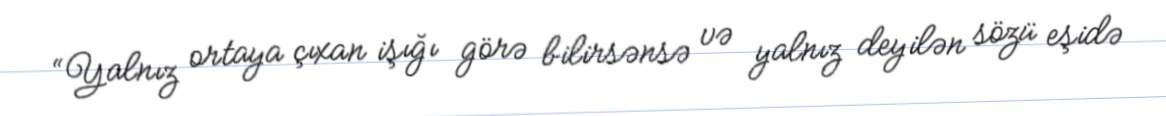
“Yalnız ortaya çıxan işığı görə bilirsənsə və yalnız deyilən sözü eşidə